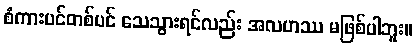
စံကားပင်တစ်ပင် သေသွားရင်လည်း အလဟဿ မဖြစ်ပါဘူး။